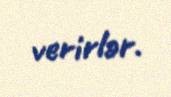
verirlər.